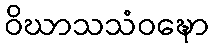
ဝိဃာသသံဝဍ္ဎော